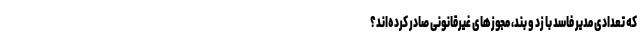
که تعدادی مدیر فاسد با زد و بند، مجوزهای غیرقانونی صادر کرده‌اند؟